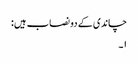
چاندی کے دو نصاب ہیں :
١۔